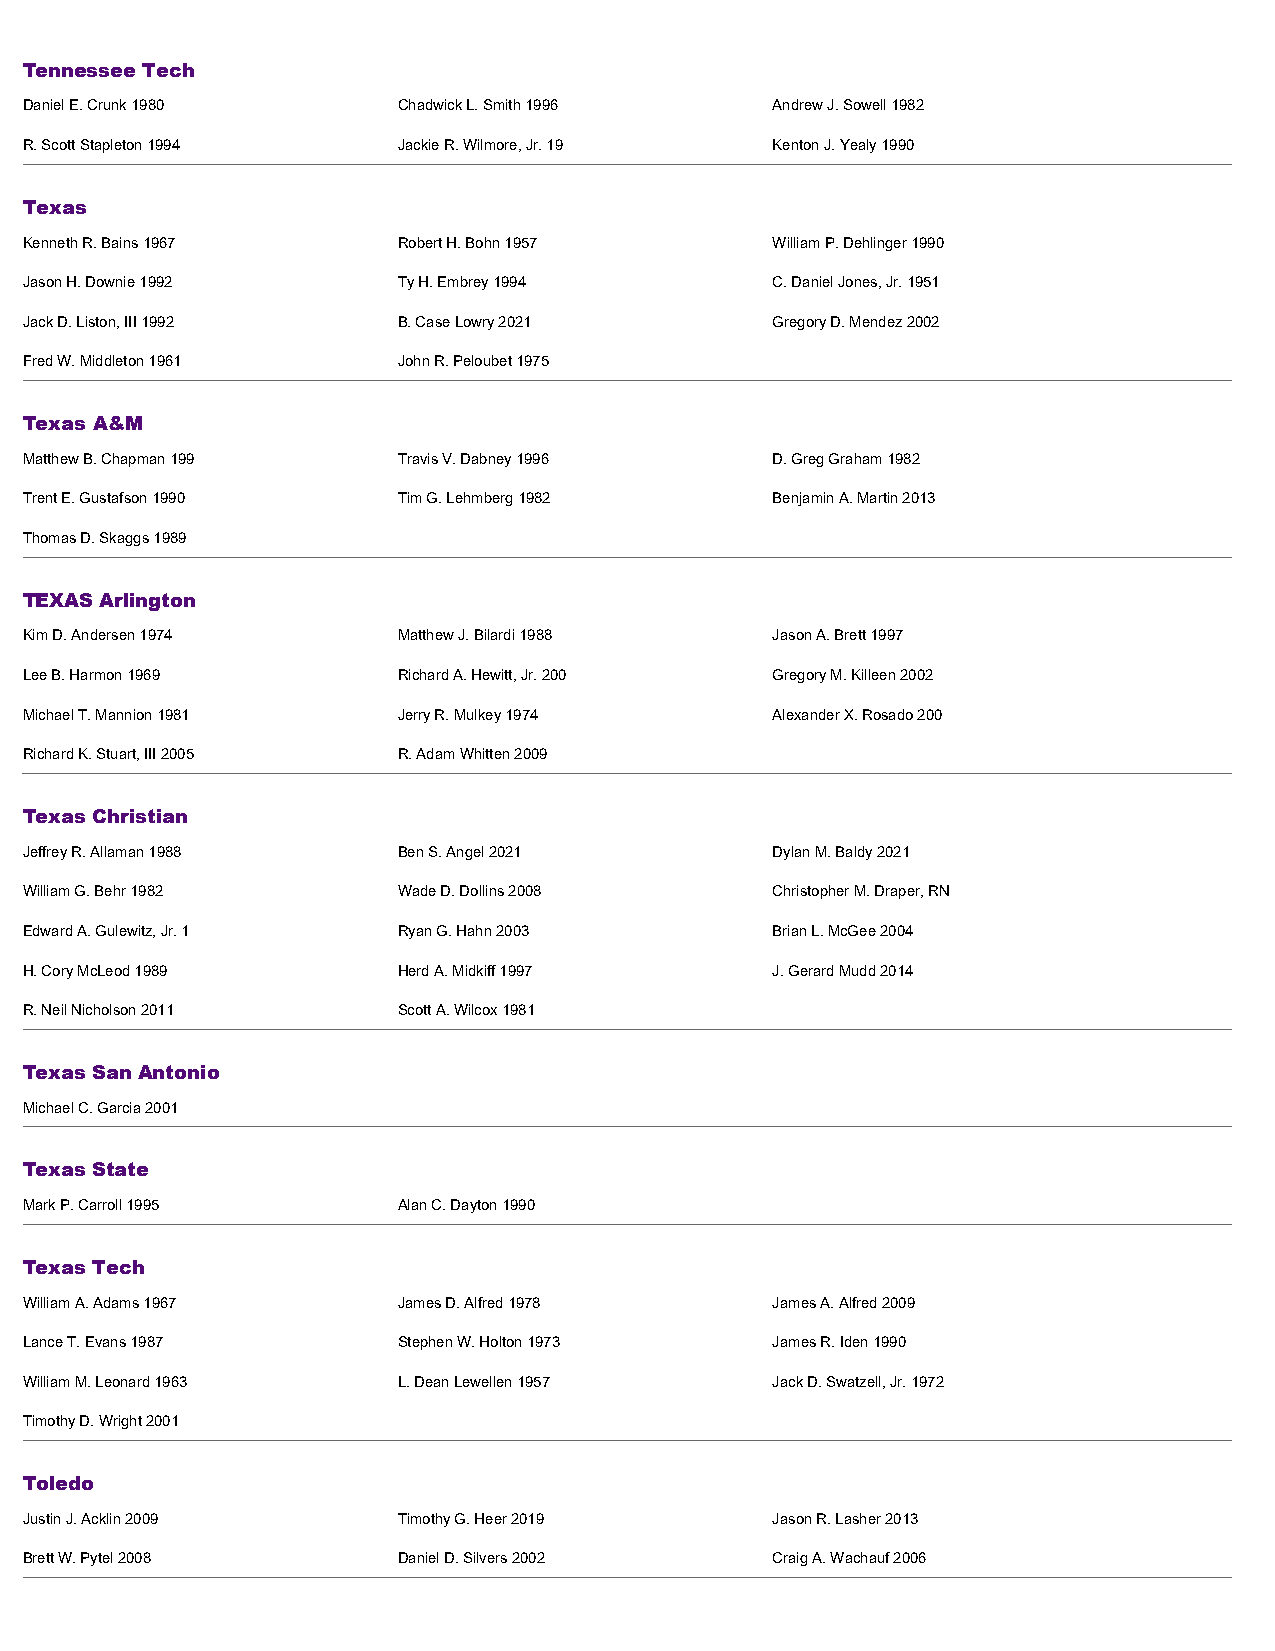
Tennessee Tech
 Daniel E. Crunk 1980     Chadwick L. Smith 1996   Andrew J. Sowell 1982
 R. Scott Stapleton 1994  Jackie R. Wilmore, Jr. 19 Kenton J. Yealy 1990
 Texas
 Kenneth R. Bains 1967    Robert H. Bohn 1957      William P. Dehlinger 1990
 Jason H. Downie 1992     Ty H. Embrey 1994        C. Daniel Jones, Jr. 1951
 Jack D. Liston, III 1992 B. Case Lowry 2021       Gregory D. Mendez 2002
 Fred W. Middleton 1961   John R. Peloubet 1975
 Texas A&M
 Matthew B. Chapman 199   Travis V. Dabney 1996    D. Greg Graham 1982
 Trent E. Gustafson 1990  Tim G. Lehmberg 1982     Benjamin A. Martin 2013
 Thomas D. Skaggs 1989
 TEXAS Arlington
 Kim D. Andersen 1974     Matthew J. Bilardi 1988  Jason A. Brett 1997
 Lee B. Harmon 1969       Richard A. Hewitt, Jr. 200 Gregory M. Killeen 2002
 Michael T. Mannion 1981  Jerry R. Mulkey 1974     Alexander X. Rosado 200
 Richard K. Stuart, III 2005 R. Adam Whitten 2009
 Texas Christian
 Jeffrey R. Allaman 1988  Ben S. Angel 2021        Dylan M. Baldy 2021
 William G. Behr 1982     Wade D. Dollins 2008     Christopher M. Draper, RN
 Edward A. Gulewitz, Jr. 1 Ryan G. Hahn 2003       Brian L. McGee 2004
 H. Cory McLeod 1989      Herd A. Midkiff 1997     J. Gerard Mudd 2014
 R. Neil Nicholson 2011   Scott A. Wilcox 1981
 Texas San Antonio
 Michael C. Garcia 2001
 Texas State
 Mark P. Carroll 1995     Alan C. Dayton 1990
 Texas Tech
 William A. Adams 1967    James D. Alfred 1978     James A. Alfred 2009
 Lance T. Evans 1987      Stephen W. Holton 1973   James R. Iden 1990
 William M. Leonard 1963  L. Dean Lewellen 1957    Jack D. Swatzell, Jr. 1972
 Timothy D. Wright 2001
 Toledo
 Justin J. Acklin 2009    Timothy G. Heer 2019     Jason R. Lasher 2013
 Brett W. Pytel 2008      Daniel D. Silvers 2002   Craig A. Wachauf 2006